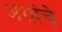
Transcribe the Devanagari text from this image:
अग्रांचे